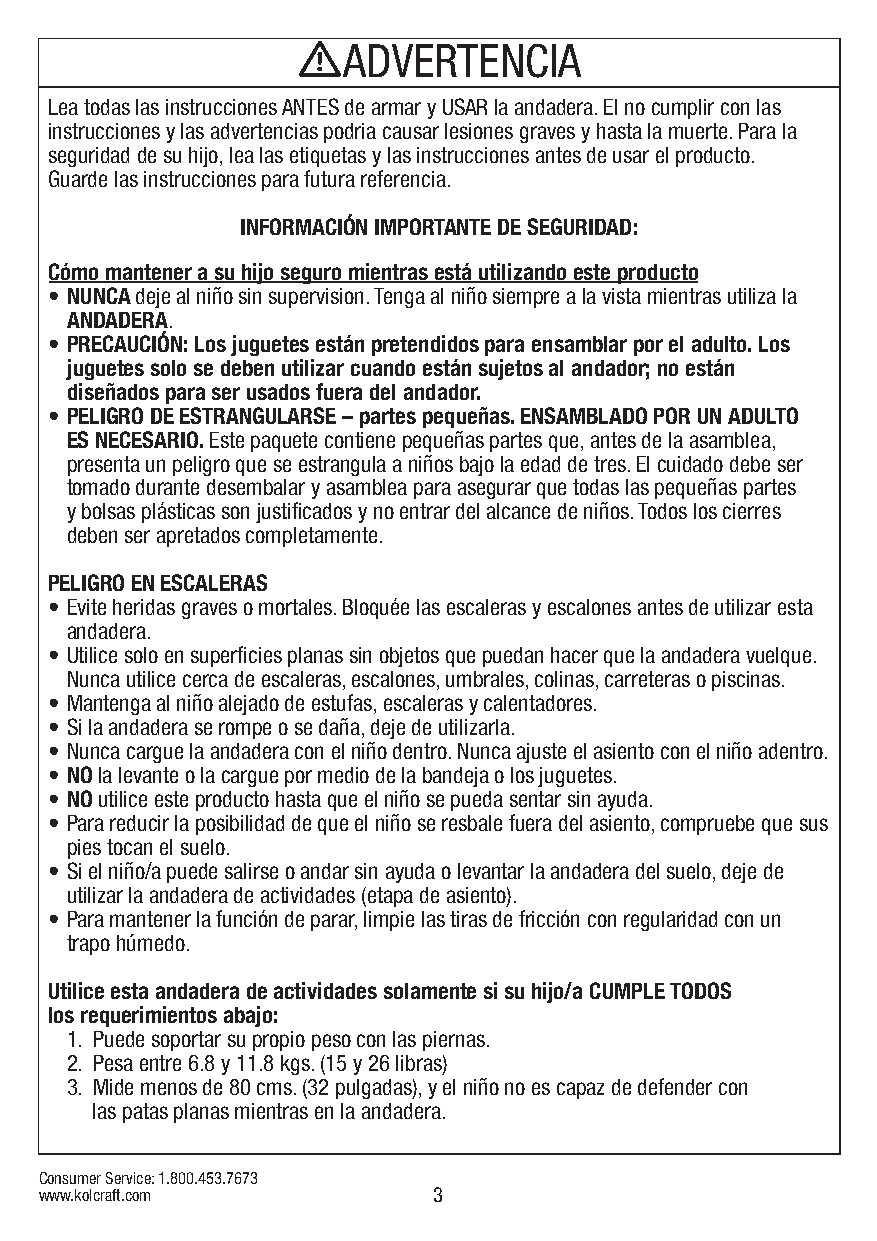
mADVERTENCIA
 Lea todas las instrucciones ANTES de armar y USAR la andadera. El no cumplir con las
 instrucciones y las advertencias podria causar lesiones graves y hasta la muerte. Para la
 seguridad de su hijo, lea las etiquetas y las instrucciones antes de usar el producto.
 Guarde las instrucciones para futura referencia.
 INFORMACIÓN IMPORTANTE DE SEGURIDAD:
 Cómo mantener a su hijo seguro mientras está utilizando este producto
 • NUNCA deje al niño sin supervision. Tenga al niño siempre a la vista mientras utiliza la
 ANDADERA.
 • PRECAUCIÓN: Los juguetes están pretendidos para ensamblar por el adulto. Los
 juguetes solo se deben utilizar cuando están sujetos al andador; no están
 diseñados para ser usados fuera del andador.
 • PELIGRO DE ESTRANGULARSE – partes pequeñas. ENSAMBLADO POR UN ADULTO
 ES NECESARIO. Este paquete contiene pequeñas partes que, antes de la asamblea,
 presenta un peligro que se estrangula a niños bajo la edad de tres. El cuidado debe ser
 tomado durante desembalar y asamblea para asegurar que todas las pequeñas partes
 y bolsas plásticas son justificados y no entrar del alcance de niños. Todos los cierres
 deben ser apretados completamente.
 PELIGRO EN ESCALERAS
 • Evite heridas graves o mortales. Bloquée las escaleras y escalones antes de utilizar esta
 andadera.
 • Utilice solo en superficies planas sin objetos que puedan hacer que la andadera vuelque.
 Nunca utilice cerca de escaleras, escalones, umbrales, colinas, carreteras o piscinas.
 • Mantenga al niño alejado de estufas, escaleras y calentadores.
 • Si la andadera se rompe o se daña, deje de utilizarla.
 • Nunca cargue la andadera con el niño dentro. Nunca ajuste el asiento con el niño adentro.
 • NO la levante o la cargue por medio de la bandeja o los juguetes.
 • NO utilice este producto hasta que el niño se pueda sentar sin ayuda.
 • Para reducir la posibilidad de que el niño se resbale fuera del asiento, compruebe que sus
 pies tocan el suelo.
 • Si el niño/a puede salirse o andar sin ayuda o levantar la andadera del suelo, deje de
 utilizar la andadera de actividades (etapa de asiento).
 • Para mantener la función de parar, limpie las tiras de fricción con regularidad con un
 trapo húmedo.
 Utilice esta andadera de actividades solamente si su hijo/a CUMPLE TODOS
 los requerimientos abajo:
 1. Puede soportar su propio peso con las piernas.
 2. Pesa entre 6.8 y 11.8 kgs. (15 y 26 libras)
 3. Mide menos de 80 cms. (32 pulgadas), y el niño no es capaz de defender con
 las patas planas mientras en la andadera.
 Consumer Service: 1.800.453.7673
 www.kolcraft.com          3